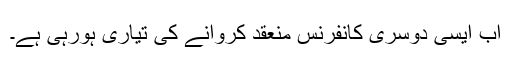
اب ایسی دوسری کانفرنس منعقد کروانے کی تیاری ہورہی ہے۔